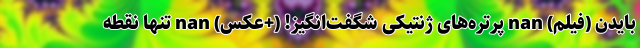
بایدن (فیلم) nan پرتره‌های ژنتیکی شگفت‌انگیز! (+عکس) nan تنها نقطه